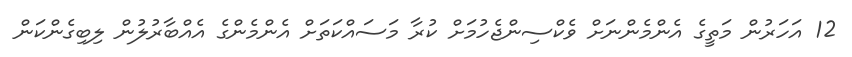
12 އަހަރުން މަތީގެ އެންމެންނަށް ވެކްސިންޖެހުމަށް ކުރާ މަސައްކަތަށް އެންމެންގެ އެއްބާރުލުން ލިބިގެންކަން